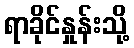
ရာခိုင်နှုန်းသို့